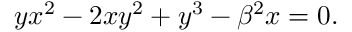
y x ^ { 2 } - 2 x y ^ { 2 } + y ^ { 3 } - \beta ^ { 2 } x = 0 .